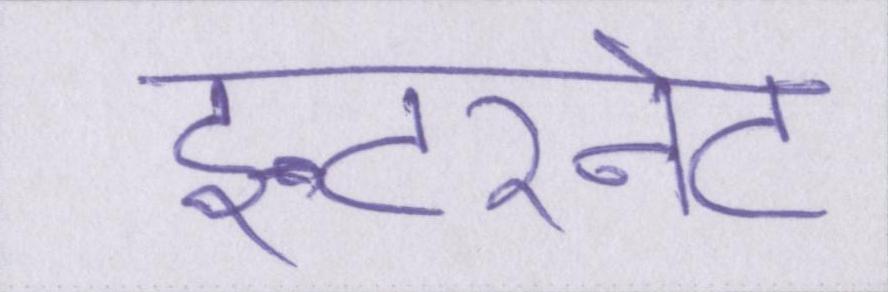
इन्टरनेट